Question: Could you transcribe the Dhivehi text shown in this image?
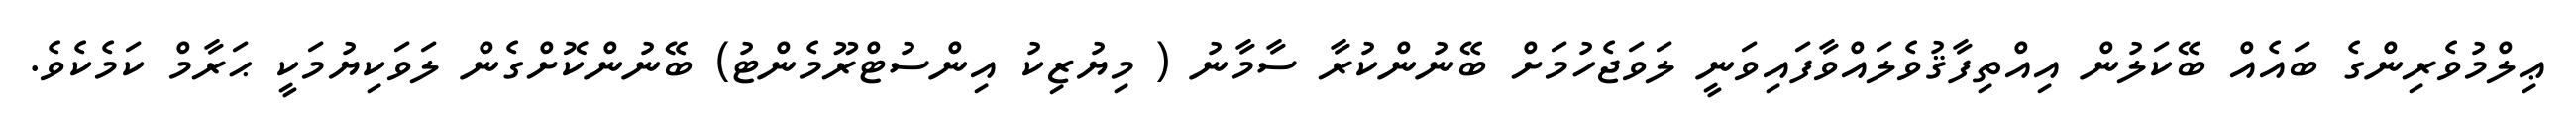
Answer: ޢިލްމުވެރިންގެ ބައެއް ބޭކަލުން އިއްތިފާޤުވެލައްވާފައިވަނީ ލަވަޖެހުމަށް ބޭނުންކުރާ ސާމާނު ( މިޔުޒިކު އިންސުޓްރޫމެންޓު) ބޭނުންކޮށްގެން ލަވަކިޔުމަކީ ޙަރާމް ކަމެކެވެ.